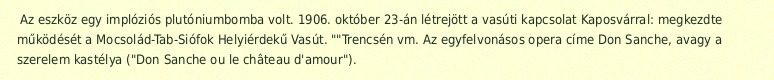
Az eszköz egy implóziós plutóniumbomba volt. 1906. október 23-án létrejött a vasúti kapcsolat Kaposvárral: megkezdte működését a Mocsolád-Tab-Siófok Helyiérdekű Vasút. ""Trencsén vm. Az egyfelvonásos opera címe Don Sanche, avagy a szerelem kastélya ("Don Sanche ou le château d'amour").